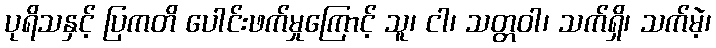
ပုရိသနှင့် ပြကတိ ပေါင်းဖက်မှုကြောင့် သူ၊ ငါ၊ သတ္တဝါ၊ သက်ရှိ၊ သက်မဲ့၊